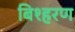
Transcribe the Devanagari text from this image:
बिश्हरण